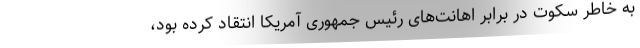
به خاطر سکوت در برابر اهانت‌های رئیس جمهوری آمریکا انتقاد کرده بود،